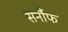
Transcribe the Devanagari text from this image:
सर्नौफ